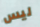
ليس